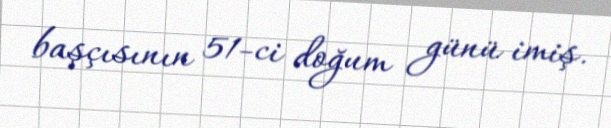
başçısının 51-ci doğum günü imiş.